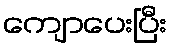
ကျောပေးပြီး